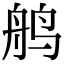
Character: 鸼